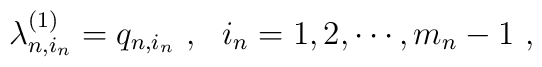
\lambda_{n,i_n}^{(1)}=q_{n,i_n}\ ,\ \ i_n=1,2,\cdots,m_n-1\ ,